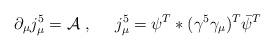
LaTeX: \begin{align*}\partial_{\mu} j_{\mu}^5 = {\cal A} \; , \;\;\;\;\; j_{\mu}^5=\psi^T * (\gamma^5 \gamma_{\mu})^T {\bar \psi}^T\end{align*}